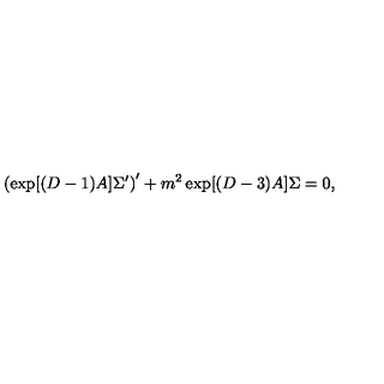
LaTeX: \left( \exp [ ( D - 1 ) A ] \Sigma ^ { \prime } \right) ^ { \prime } + m ^ { 2 } \exp [ ( D - 3 ) A ] \Sigma = 0 ,